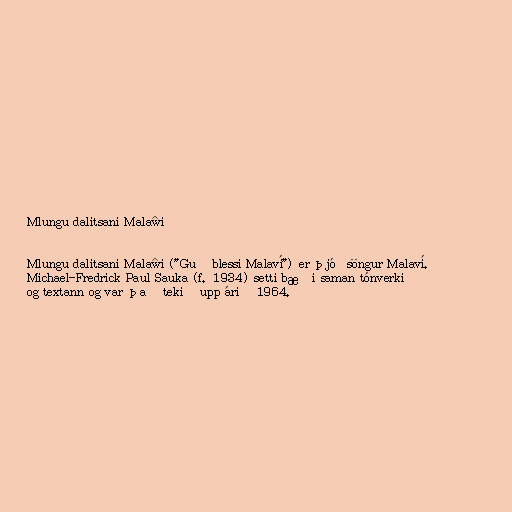
Mlungu dalitsani Malaŵi

Mlungu dalitsani Malaŵi ("Guð blessi Malaví") er þjóðsöngur Malaví.
Michael-Fredrick Paul Sauka (f. 1934) setti bæði saman tónverkið
og textann og var það tekið upp árið 1964.